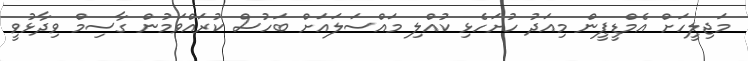
މަޖިލީހަށް އެމްޑީޕީން މިއަދު ހުށަހެޅި ކުއްލި މައްސަލައަށް ބަހުސް ކުރައްވަމުން ގާސިމް ވިދާޅުވީ